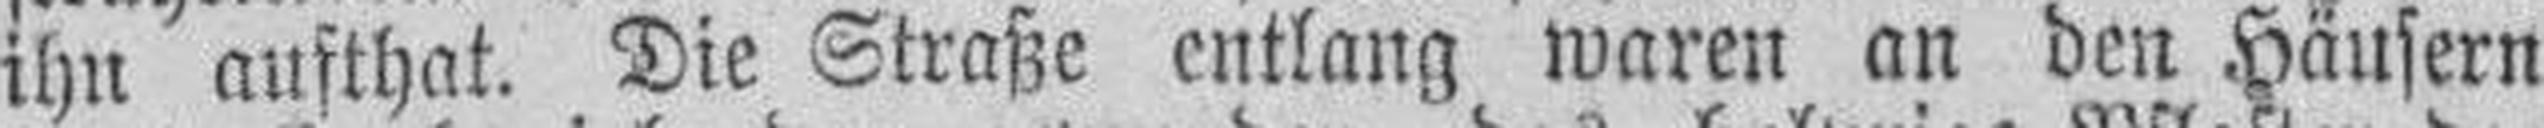
ihn aufthat. Die Straße entlang waren an den Häusern